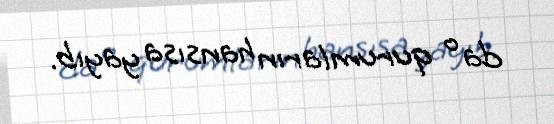
da o qurumların hansısa yayıb.